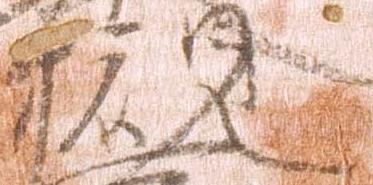
槻